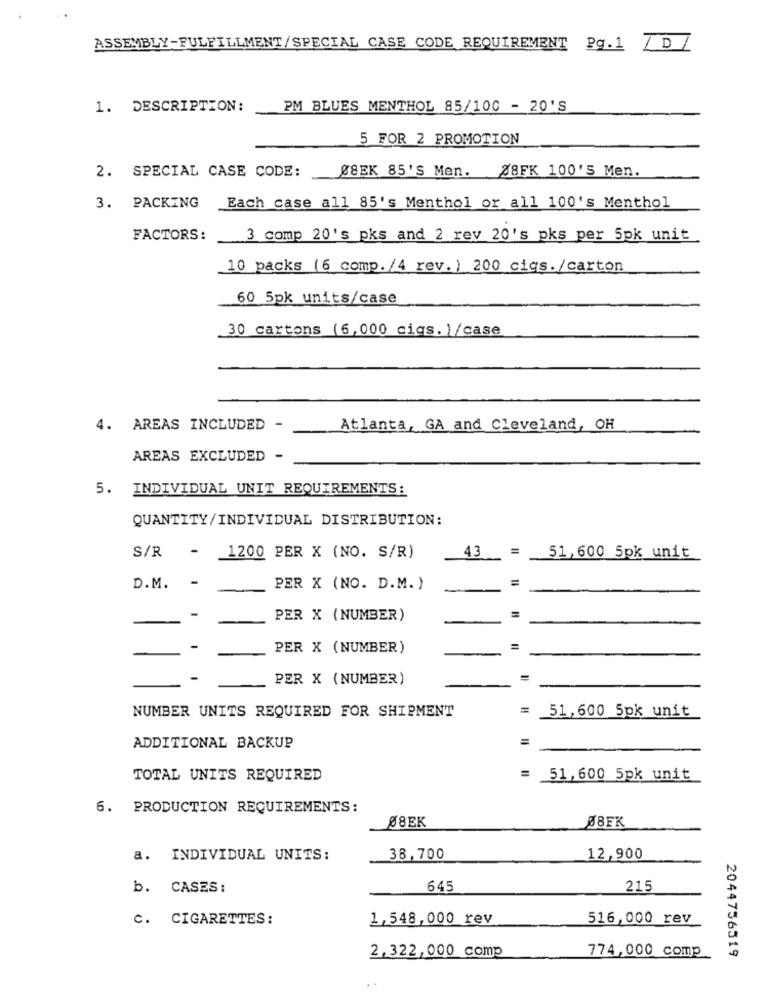
ASSEMBLY-FULFILLMENT/SPECIAL CASE CODE REQUIREMENT Pg.1
7DZ
1. DESCRIPTION:
PM BLUES MENTHOL 85/100 - 20'S
5 FOR 2 PROMOTION
2. SPECIAL CASE CODE:
Ø8EK 85'S Men. 38FK 100'5 Men.
3. PACKING
Each case all 85's Menthol or all 100's Menthol
FACTORS:
3 comp 20's pks and 2 rev 20's pks per 5pk unit
10 packs (6 comp. /4 rev. ) 200 cigs./carton
60 5pk units/case
30 cartons (6,000 cigs. )/case
4. AREAS INCLUDED -
Atlanta, GA and Cleveland, OH
AREAS EXCLUDED -
5. INDIVIDUAL UNIT REQUIREMENTS:
QUANTITY/INDIVIDUAL DISTRIBUTION:
S/R
1200 PER X (NO. S/R)
43
-
51,600 5pk unit
D.M.
PER X (NO. D.M. )
-
PER X (NUMBER)
-
-
PER X (NUMBER)
=
PER X (NUMBER)
NUMBER UNITS REQUIRED FOR SHIPMENT
= 51,600 5pk unit
=
ADDITIONAL BACKUP
TOTAL UNITS REQUIRED
= 51,600 5pk unit
6. PRODUCTION REQUIREMENTS:
Ø8EK
Ø8FK
a. INDIVIDUAL UNITS:
38,700
12,900
b. CASES:
645
215
C. CIGARETTES:
1,548,000 rev
516,000 rev
774,000 comp
2,322,000 comp
2044756519